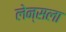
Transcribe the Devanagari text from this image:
लेन्सला